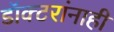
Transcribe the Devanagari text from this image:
डॉक्टरांनाही